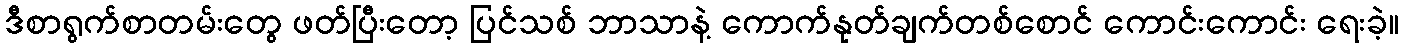
ဒီစာရွက်စာတမ်းတွေ ဖတ်ပြီးတော့ ပြင်သစ် ဘာသာနဲ့ ကောက်နုတ်ချက်တစ်စောင် ကောင်းကောင်း ရေးခဲ့။